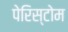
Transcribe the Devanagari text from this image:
पेरिस्टोम